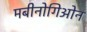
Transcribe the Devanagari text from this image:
मबीनोगिओन